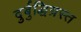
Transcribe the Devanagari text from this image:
दुर्बुद्धिग्रस्त